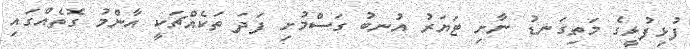
ފުޅިފުޅީގެ މަތިގަނޑު ނާށި ޓަޔަރު އުނބު ގަސްމުށި ފަދަ ތަކެއްޗަކީ އާންމު ގޮތެއްގައި